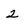
Character: 2